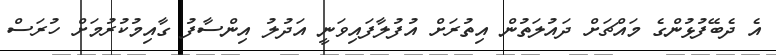
އެ ދެބޭފުޅުންގެ މައްޗަށް ދައުލަތުން އިތުރަށް އުފުލާފައިވަނީ އަދުލު އިންސާފު ގާއިމުކުރުމަށް ހުރަސް